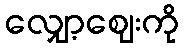
လျှော့ဈေးကို